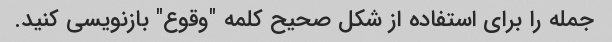
جمله را برای استفاده از شکل صحیح کلمه "وقوع" بازنویسی کنید.